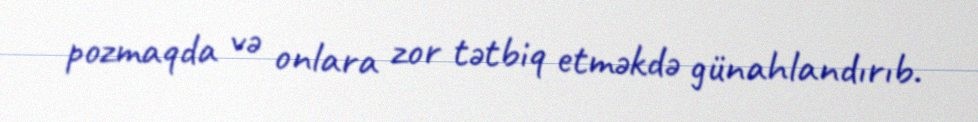
pozmaqda və onlara zor tətbiq etməkdə günahlandırıb.